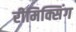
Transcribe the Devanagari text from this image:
रीमिक्सिंग